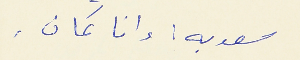
سعديه : وانا كمان .